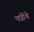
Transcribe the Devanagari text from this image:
पत्रींचे